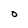
Character: O